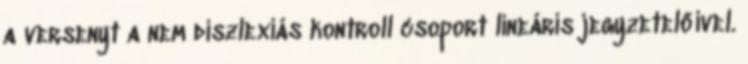
a versenyt a nem diszlexiás kontroll csoport lineáris jegyzetelőivel.